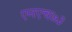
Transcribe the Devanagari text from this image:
एनएच७३